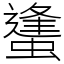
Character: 䗬